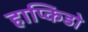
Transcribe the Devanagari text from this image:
हाप्किडो